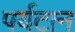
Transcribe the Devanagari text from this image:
पर्यटान